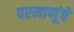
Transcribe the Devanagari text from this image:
परमाणूंचे